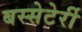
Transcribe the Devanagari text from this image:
बस्सेटेर्री